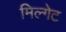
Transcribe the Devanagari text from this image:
मिल्गेट